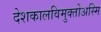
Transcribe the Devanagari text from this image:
देशकालविमुक्तोअस्मि